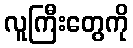
လူကြီးတွေကို